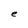
Character: e